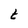
Character: t